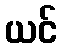
ယင်